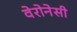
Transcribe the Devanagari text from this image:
वेरोनेसी